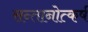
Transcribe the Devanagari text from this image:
सन्तानोत्कर्ष